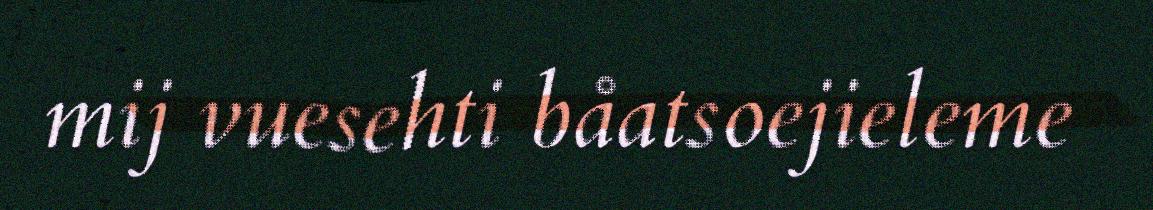
mij vuesehti båatsoejieleme